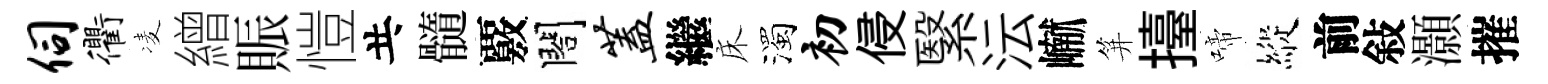
伺衢凌繒賑愷共髓覈閤盖繼床濁初侵繄沄𪩘笄擡啼縱前敍灝摧